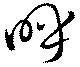
呼